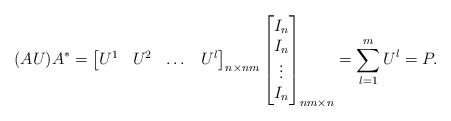
\begin{align*}(A U) A^*&=\begin{bmatrix}U^1 & U^2 & \dots & U^l\end{bmatrix}_{n \times nm} \begin{bmatrix} I_n \\ I_n \\ \vdots \\ I_n\end{bmatrix}_{nm \times n}=\sum_{l=1}^m U^l= P. \end{align*}